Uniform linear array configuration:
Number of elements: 48
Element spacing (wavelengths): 1
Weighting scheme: hamming
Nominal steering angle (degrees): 60
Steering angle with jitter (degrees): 59.335
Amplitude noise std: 0.05
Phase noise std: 0.05

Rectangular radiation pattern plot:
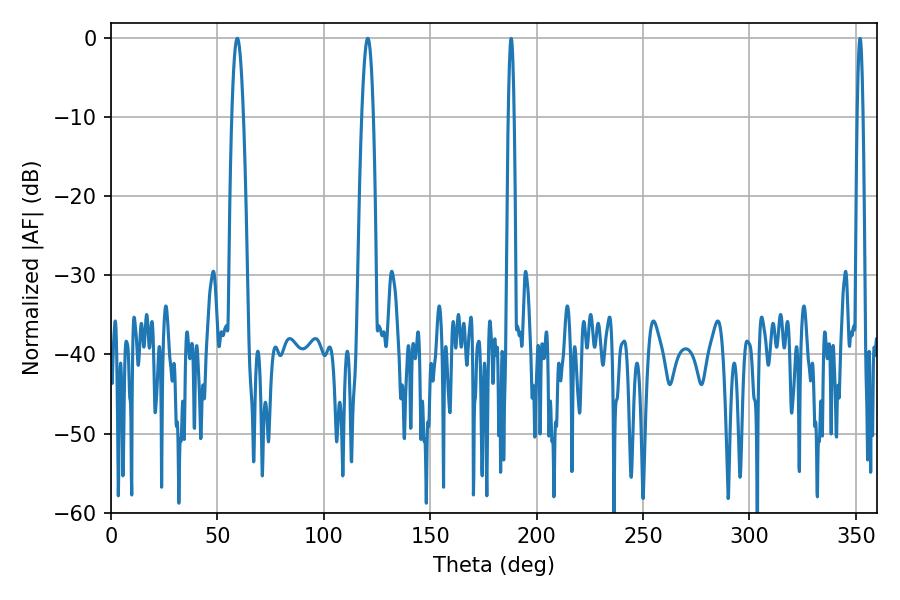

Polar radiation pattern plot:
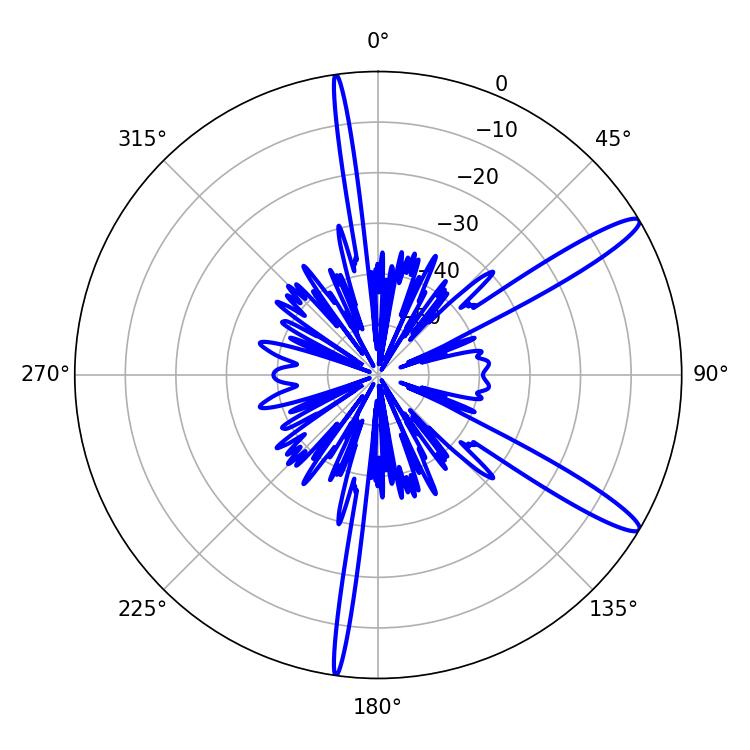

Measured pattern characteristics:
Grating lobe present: TRUE
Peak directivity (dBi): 13.458
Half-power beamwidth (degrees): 2.88
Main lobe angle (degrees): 59.4